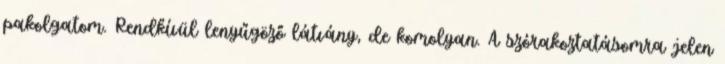
pakolgatom. Rendkívül lenyűgöző látvány, de komolyan. A szórakoztatásomra jelen